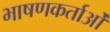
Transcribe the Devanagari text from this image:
भाषणकर्ताओं